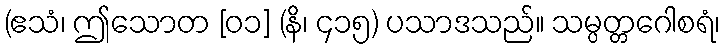
(ဧသံ၊ ဤသောတ [၀၁] (နိ၊ ၄၁၅) ပသာဒသည်။ သမ္ပတ္တဂေါစရံ၊